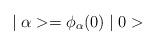
LaTeX: \begin{align*}\mid \alpha > = \phi_{\alpha} (0)\mid 0 >\end{align*}